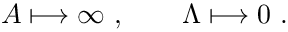
A \longmapsto \infty \ , \qquad \Lambda \longmapsto 0 \ .